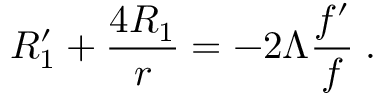
R _ { 1 } ^ { \prime } + \frac { 4 R _ { 1 } } { r } = - 2 \Lambda \frac { f ^ { \prime } } { f } \; .